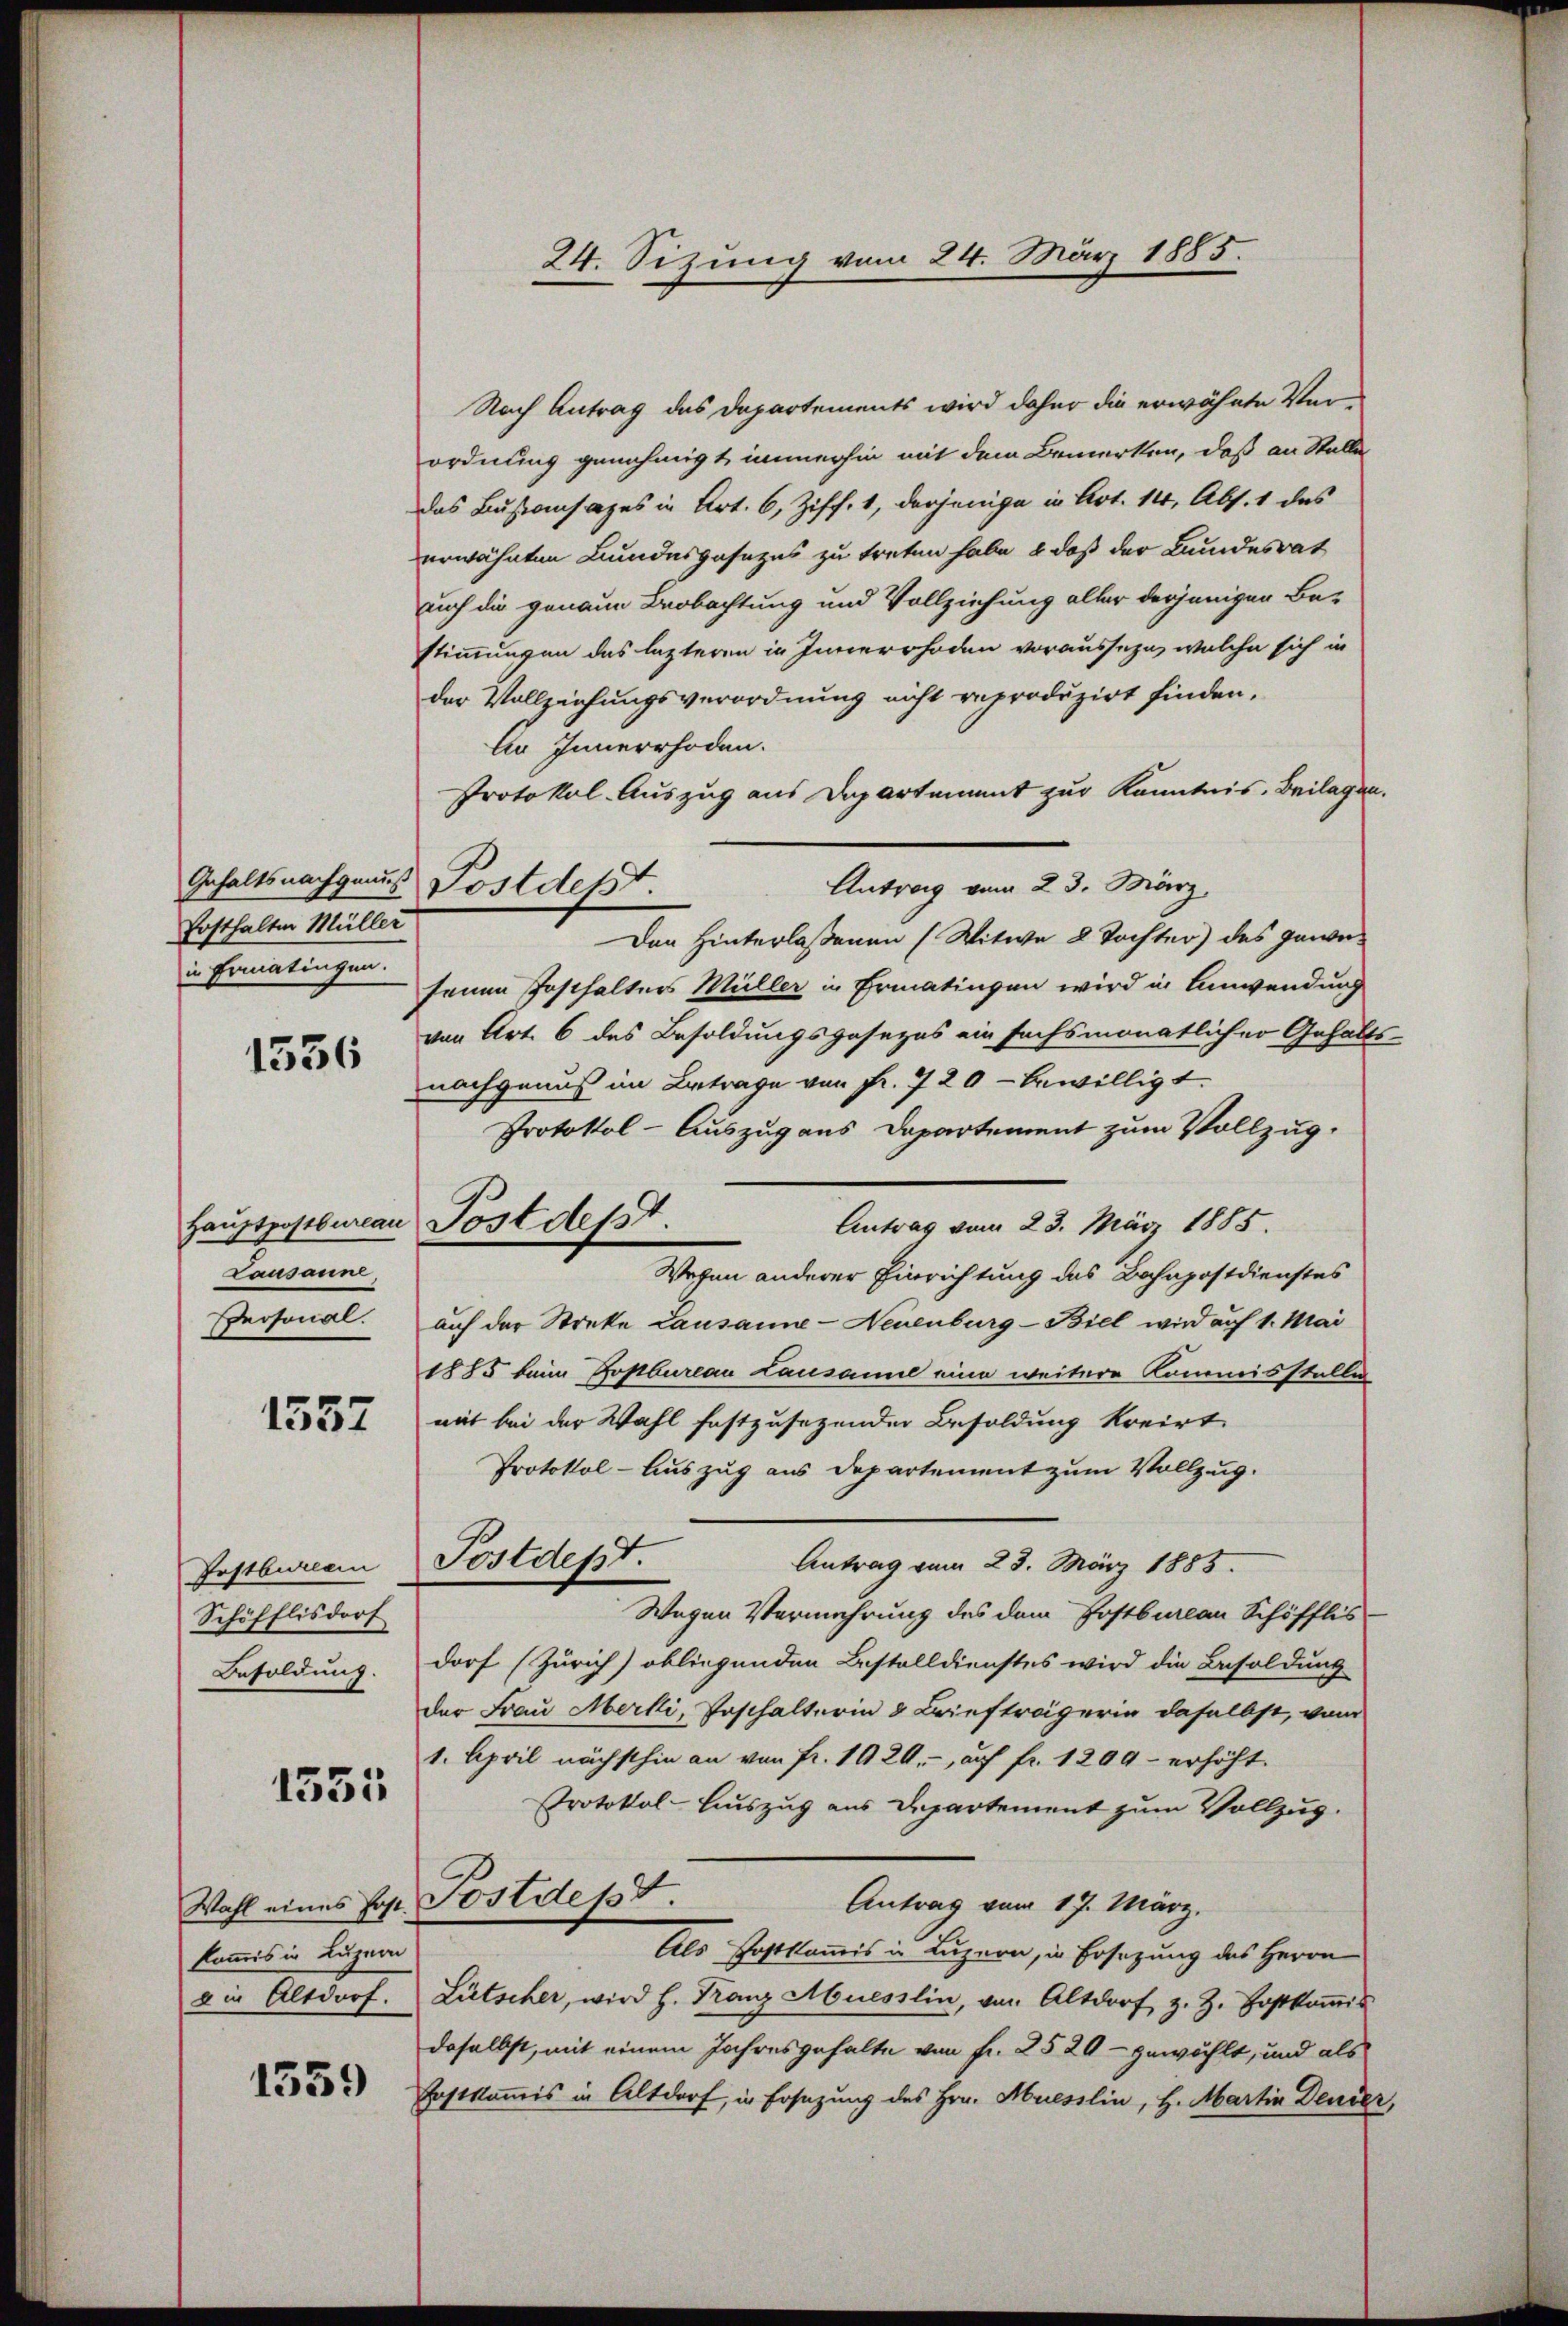
Gehaltsnachgenuß
Posthalten Müller
in Ermatingen.

1536

Hauptpostburlau
Lausanne.
Personal.

1557

Erstbureau
Schöfflisdorf
Besoldung.

1535

Wahl eines Post.
kommis in Luzern
a in Altdorf.

1559

Nach Antrag des Departements wird daher die erwähnte Verordnung genehmigt, immerhin mit dem Bemerken, daß an Stelle
das Bussensages in Art. 6, Ziff. 1, derjenige in Art. 14, Abs. 1 des
erwähnten Bundesgesezes zu treten habe, & daß der Bundesrat
auch die genaue Beobachtung und Vollziehung aller derjeniger Be-
stimmungen das letzteren in Innerrhoden vorausseze, welche sich in
der Vollziehungsverordnung nicht reproduzirt finden.
An Innerrhoden.
Protokol. Auszug aus Departement zur Kenntnis. Beilagen.
Antrag vom 23. März,
Den Hinterlassenen (Witwe 2 Tochter) des gewesenen Posthalter Müller in Ermatingen wird in Anwendung
von Art. 6 des Besoldungsgesezes ein sechsmonatlicher Gehalts-
nachgenuß im Betrage von Fr. 7 20 - bewilligt.
Protokol-Auszug aus Departement zum Vollzug.
Antrag vom 23. März 1885.
Wegen anderer Einrichtung des Bahnpostdienstes
auf der Streke Lausanne - Neuenburg-Biel wird auf 1. Mai
1885 beim Postbureau Lausanne eine weitere Kommissteller
mit bei der Wahl festzusezender Besoldung kreirt
Protokol-Auszug aus Departement zum Vollzug.
Postdept.
Antrag vom 23. März 1885.
Wegen Vermehrung des dem Postbureau Schöfflis
dorf (Zürich) obliegenden Bestelldienstes wird die Besoldung
der Frau Merki, Erschalterin 8 Briefträgerin daselbst, vom
1. April nächsthin an von Fr. 1920.-, auf fr. 1209 - erhöht.
Protokol-Auszug aus Departement zum Vollzus.
Postdest.
Antrag vom 17. März.
Als Postkommis in Luzern, in Ersetzung des Herrn
Lütscher, wird h. Tranz Muesslin, von Altdorf, z. Z. Bostkoṁis
daselbst, mit einem Jahresgehalte von Fr. 2520 - gewählt, und als
Postkommis in Altdorf, in Ersatzung des Hrn. Muesslin, H. Martin Denier,

Postdept.

Postdesst.

24. Sizung vom 24. März 1885.